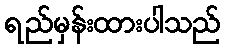
ရည်မှန်းထားပါသည်